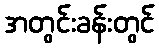
အတွင်းခန်းတွင်